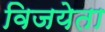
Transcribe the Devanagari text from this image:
विजयेता